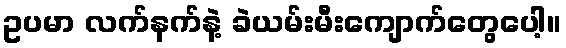
ဥပမာ လက်နက်နဲ့ ခဲယမ်းမီးကျောက်တွေပေါ့။